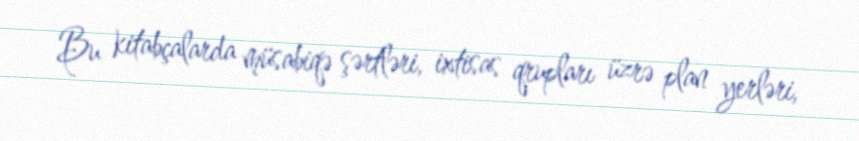
Bu kitabçalarda müsabiqə şərtləri, ixtisas qrupları üzrə plan yerləri,